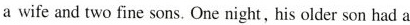
a wife and two fine sons. One night, his older son had a